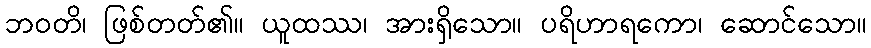
ဘဝတိ၊ ဖြစ်တတ်၏။ ယူထဿ၊ အားရှိသော။ ပရိဟာရကော၊ ဆောင်သော။